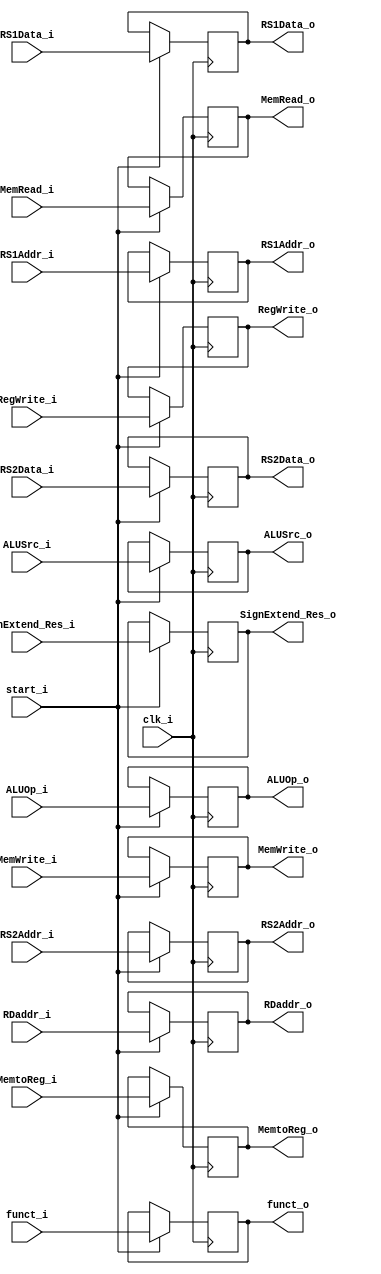
module Register_IDEX (
	clk_i,
	start_i,

	RS1Data_i,
	RS2Data_i,
    RS1Data_o,
	RS2Data_o,

	SignExtend_Res_i,
    SignExtend_Res_o,

	funct_i,
	funct_o,

    RDaddr_i,
	RDaddr_o,
    
    RS1Addr_i,
	RS2Addr_i,
	RS1Addr_o,
	RS2Addr_o,

    //Control Signal
	RegWrite_i,
	MemtoReg_i,
	MemRead_i,
	MemWrite_i,
	ALUOp_i,
	ALUSrc_i,
	RegWrite_o,
	MemtoReg_o,
	MemRead_o,
	MemWrite_o,
	ALUOp_o,
	ALUSrc_o
);

input           clk_i, start_i;
input   [31:0]  RS1Data_i, RS2Data_i;
input   [31:0]  SignExtend_Res_i;
input   [9:0]   funct_i;
input   [4:0]   RDaddr_i;
input   [4:0]   RS1Addr_i, RS2Addr_i;
input   [1:0]   ALUOp_i;
input           RegWrite_i, MemtoReg_i, MemRead_i, MemWrite_i, ALUSrc_i;	

output  [31:0]  RS1Data_o, RS2Data_o;
output  [31:0]  SignExtend_Res_o;
output  [9:0]   funct_o;
output  [4:0]   RDaddr_o;
output  [4:0]   RS1Addr_o, RS2Addr_o;
output  [1:0]   ALUOp_o;
output          RegWrite_o, MemtoReg_o, MemRead_o, MemWrite_o, ALUSrc_o;	

reg     [31:0]  RS1Data_o, RS2Data_o;
reg     [31:0]  SignExtend_Res_o;
reg     [9:0]   funct_o;
reg     [4:0]   RDaddr_o;
reg     [4:0]   RS1Addr_o, RS2Addr_o;
reg     [1:0]   ALUOp_o;
reg             RegWrite_o, MemtoReg_o, MemRead_o, MemWrite_o, ALUSrc_o;	

always @(posedge clk_i) begin
	if(start_i) begin 
		RS1Data_o 		    <= RS1Data_i;
		RS2Data_o 		    <= RS2Data_i;
		SignExtend_Res_o 	<= SignExtend_Res_i;
		funct_o				<= funct_i;
		RDaddr_o       		<= RDaddr_i;
		RS1Addr_o       	<= RS1Addr_i;
		RS2Addr_o       	<= RS2Addr_i;
	
		RegWrite_o          <= RegWrite_i; 
		MemtoReg_o          <= MemtoReg_i;
		MemRead_o           <= MemRead_i; 
		MemWrite_o          <= MemWrite_i;
		ALUOp_o             <= ALUOp_i;
		ALUSrc_o            <= ALUSrc_i;

	end 
	else begin
		RS1Data_o 		    <= RS1Data_o;
		RS2Data_o 		    <= RS2Data_o;
		SignExtend_Res_o    <= SignExtend_Res_o;
		funct_o				<= funct_o;
		RDaddr_o            <= RDaddr_o;
		RS1Addr_o       	<= RS1Addr_o;
		RS2Addr_o       	<= RS2Addr_o;
	
		RegWrite_o          <= RegWrite_o; 
		MemtoReg_o          <= MemtoReg_o;
		MemRead_o           <= MemRead_o; 
		MemWrite_o          <= MemWrite_o;
		ALUOp_o             <= ALUOp_o;
		ALUSrc_o            <= ALUSrc_o;
	end 
end

endmodule